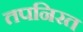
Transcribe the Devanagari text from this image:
तपनिरत